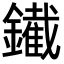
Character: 䥫